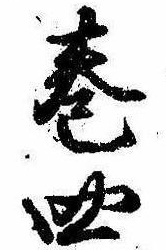
巻四